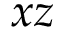
x z